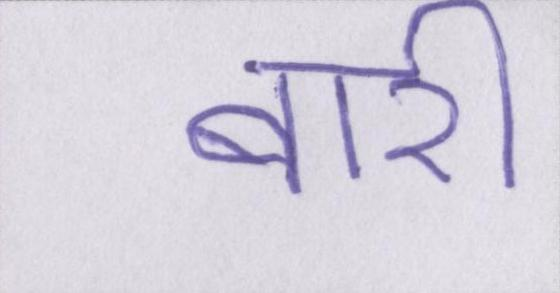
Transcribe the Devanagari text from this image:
बारी